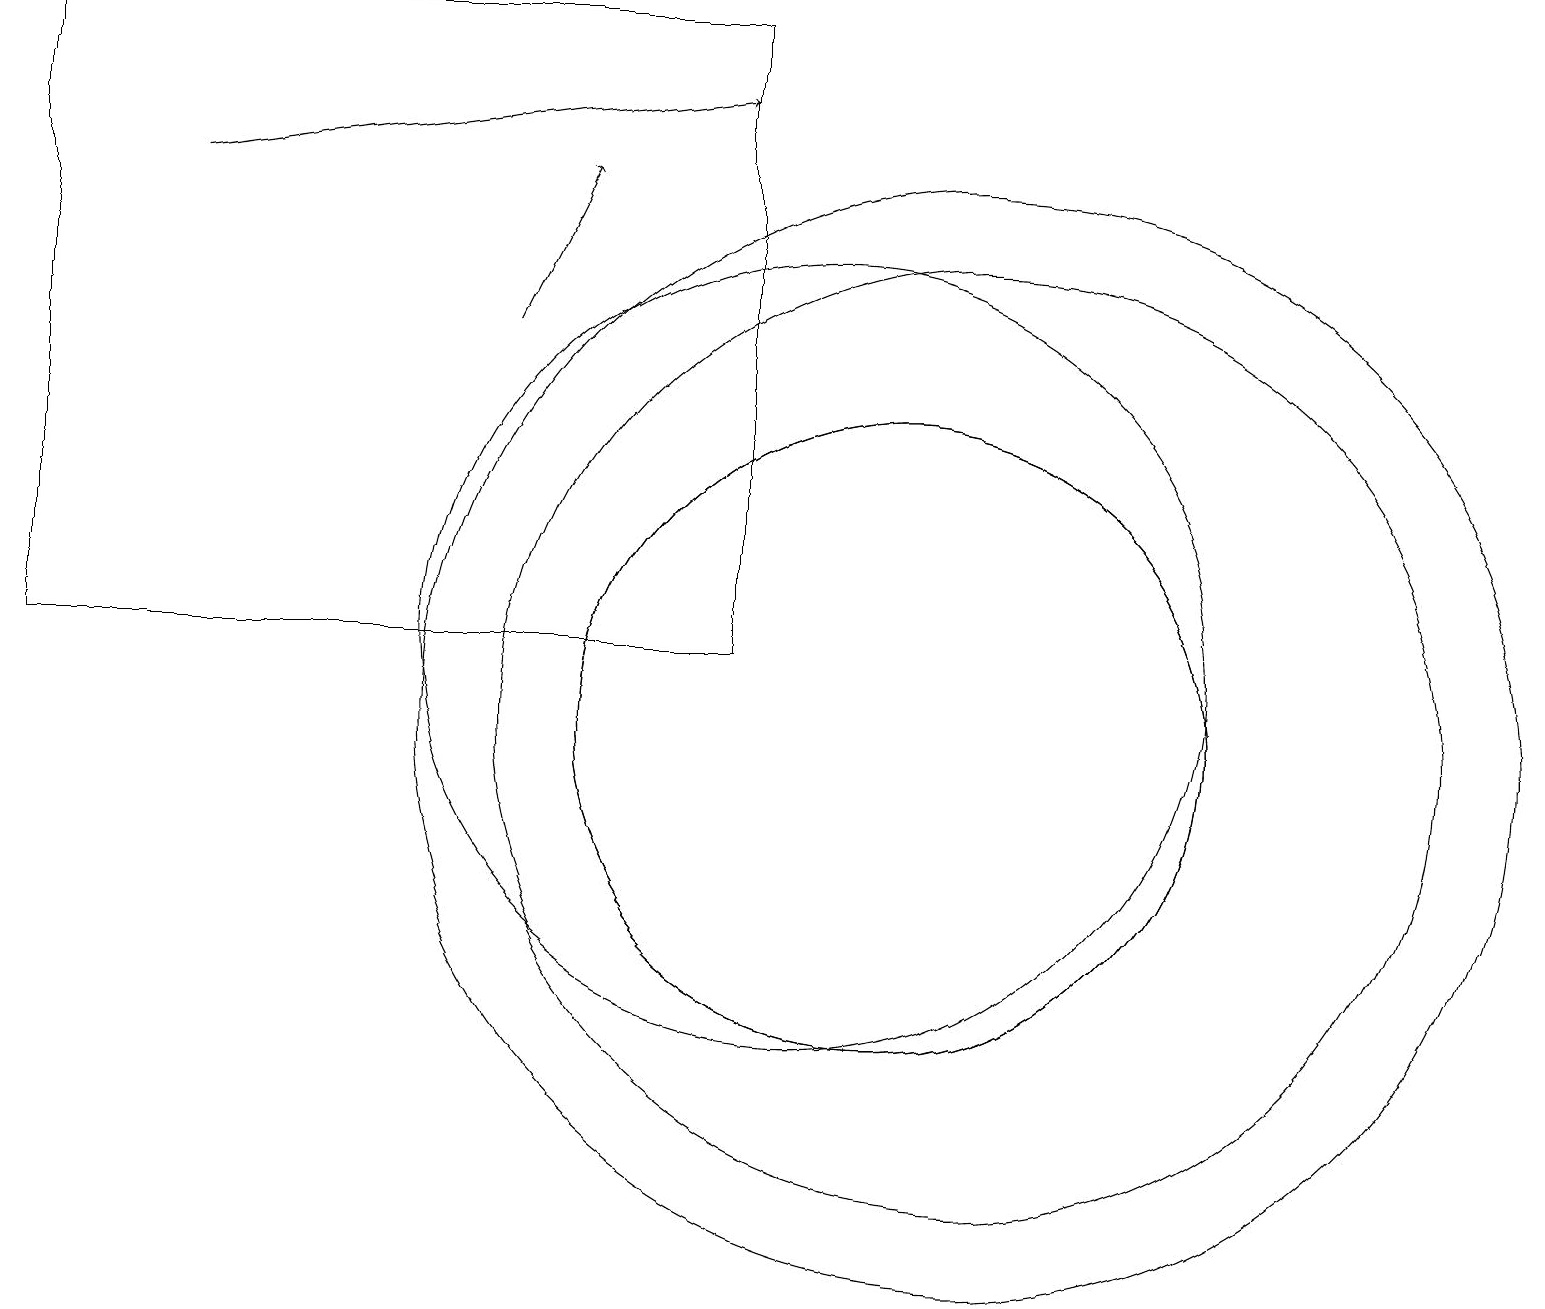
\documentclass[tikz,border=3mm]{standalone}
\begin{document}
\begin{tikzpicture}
\draw[->] (2,17) -- (9,18);
\draw (9,11) rectangle (0,19);
\draw (11,10) circle (4);
\draw (10,11) circle (5);
\draw (12,10) circle (6);
\draw[->] (6,15) -- (7,17);
\draw (11,10) circle (4);
\draw (12,10) circle (7);
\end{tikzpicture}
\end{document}